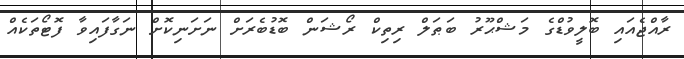
ރާއްޖެއައި ބޮލީވުޑްގެ މަޝްޙޫރު ބަޠަލް ރިތިކް ރޯޝަން ބޮޑުބެރަށް ނަށަނިކޮށް ނަގާފައިވާ ފޮޓޯތަކެއް